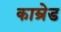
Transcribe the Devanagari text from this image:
काम्रेड